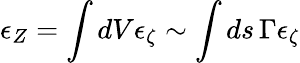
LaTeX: \epsilon_{Z}=\int{dV}\epsilon_{\zeta}\sim\int{ds}\, \Gamma\epsilon_{\zeta}